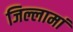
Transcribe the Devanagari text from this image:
जिल्लामां